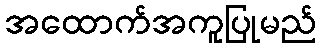
အထောက်အကူပြုမည်